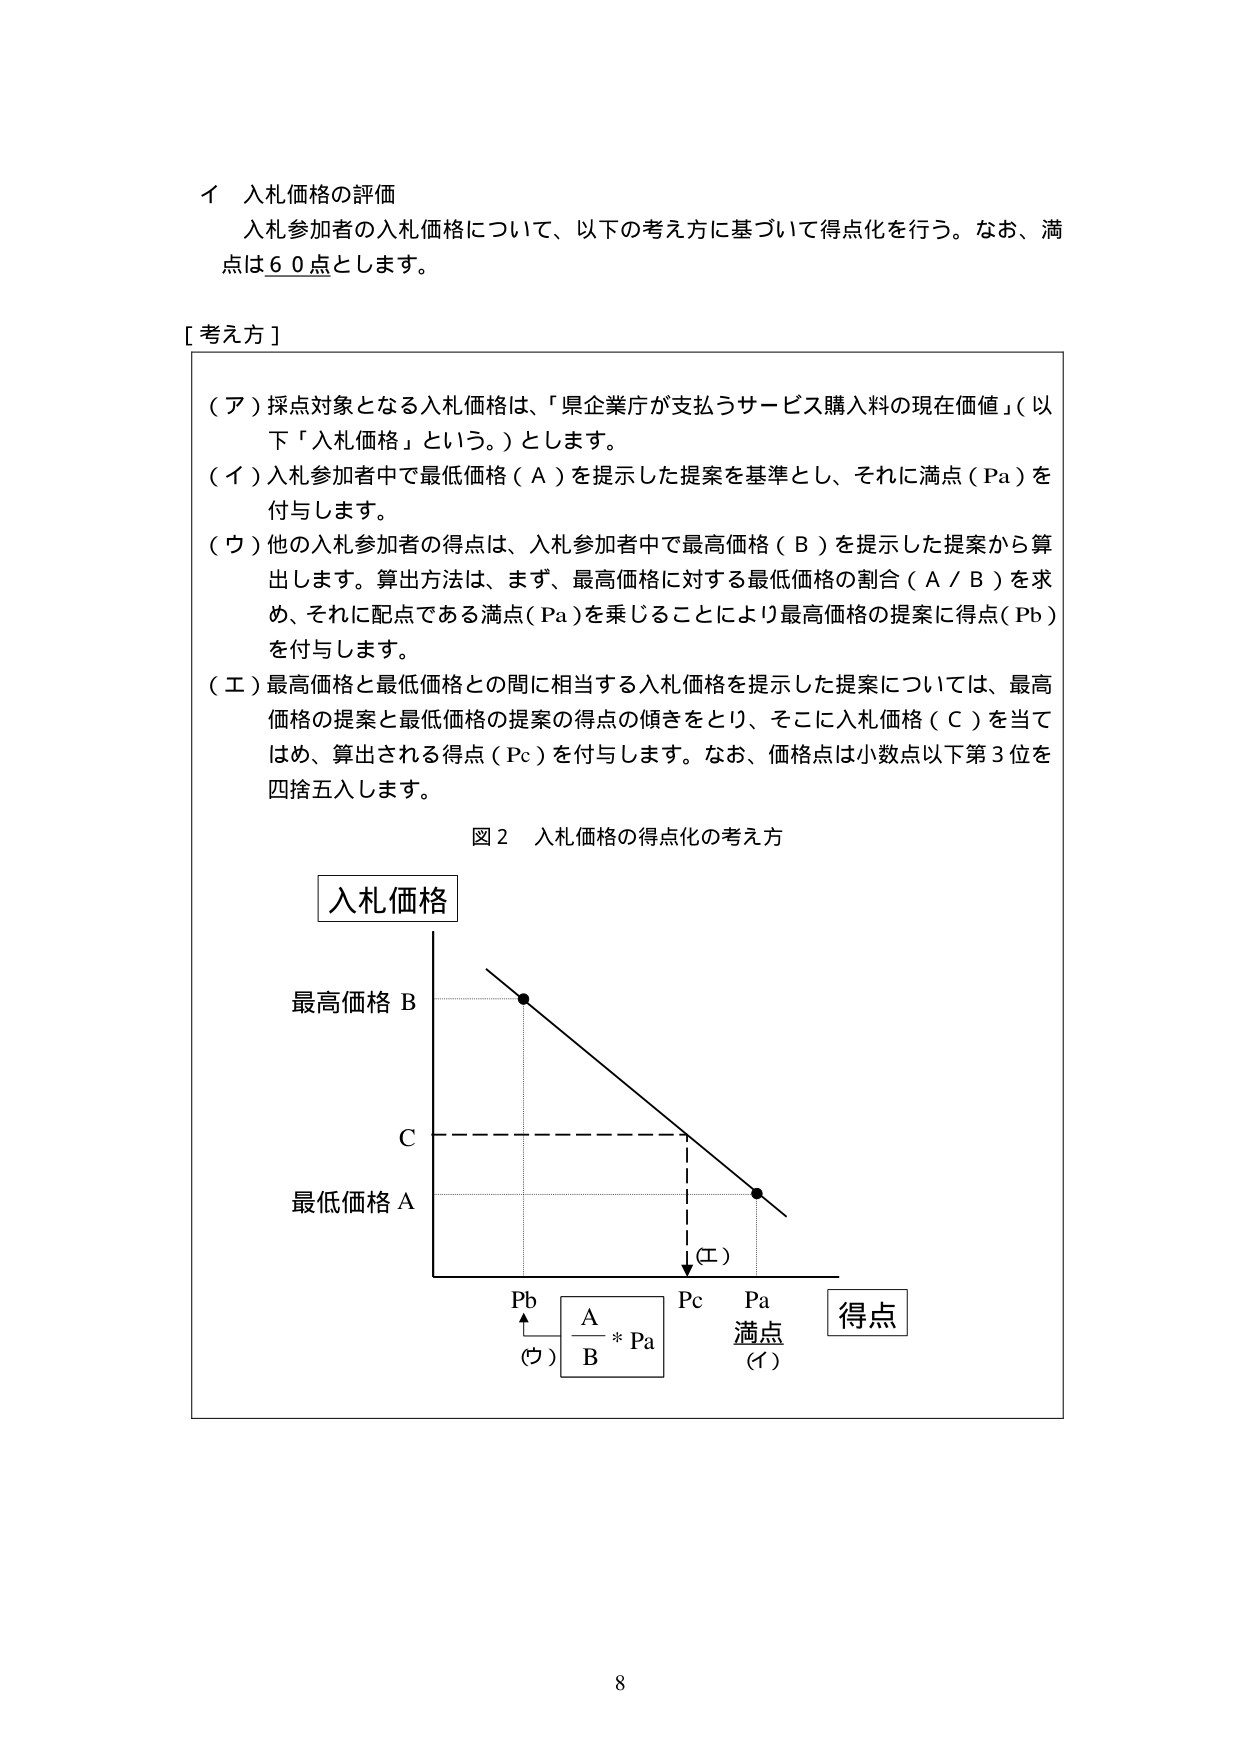
イ 入札価格の評価
入札参加者の入札価格について、以下の考え方に基づいて得点化を行う。なお、満点は６０点とします。

[考え方]
（ア）採点対象となる入札価格は、「県企業庁が支払うサービス購入料の現在価値」（以下「入札価格」という。）とします。
（イ）入札参加者中で最低価格（Ａ）を提示した提案を基準とし、それに満点（Ｐａ）を付与します。
（ウ）他の入札参加者の得点は、入札参加者中で最高価格（Ｂ）を提示した提案から算出します。算出方法は、まず、最高価格に対する最低価格の割合（Ａ／Ｂ）を求め、それに配点である満点（Ｐａ）を乗じることにより最高価格の提案に得点（Ｐｂ）を付与します。
（エ）最高価格と最低価格との間に相当する入札価格を提示した提案については、最高価格の提案と最低価格の提案の得点の傾きをとり、そこに入札価格（Ｃ）を当てはめ、算出される得点（Ｐｃ）を付与します。なお、価格点は小数点以下第３位を四捨五入します。

図２ 入札価格の得点化の考え方

入札価格
最高価格 Ｂ
Ｃ
最低価格 Ａ
Ｐｂ　　Ｐｃ　　Ｐａ
（ウ）　Ａ／Ｂ * Ｐａ　　満点
　　　　　　　　　　　　（イ）
得点
（エ）

8